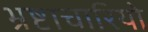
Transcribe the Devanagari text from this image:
भ्रष्टाचारियो